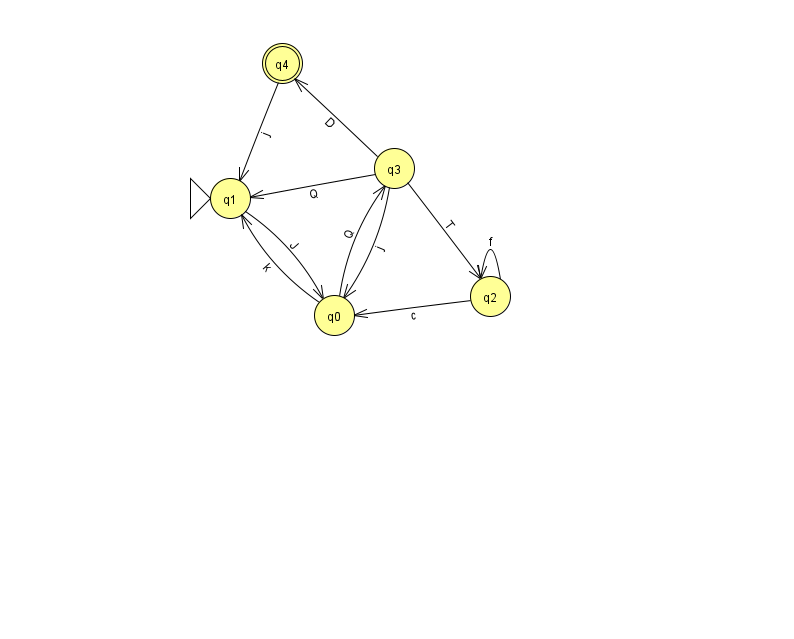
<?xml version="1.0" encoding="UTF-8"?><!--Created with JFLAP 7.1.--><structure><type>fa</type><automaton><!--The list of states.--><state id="0" name="q0"><x>334.0</x><y>302.0</y></state><state id="1" name="q1"><x>230.0</x><y>185.0</y><initial/></state><state id="2" name="q2"><x>490.0</x><y>283.0</y></state><state id="3" name="q3"><x>394.0</x><y>155.0</y></state><state id="4" name="q4"><x>282.0</x><y>50.0</y><final/></state><!--The list of transitions.--><transition><from>3</from><to>2</to><read>T</read></transition><transition><from>3</from><to>4</to><read>D</read></transition><transition><from>2</from><to>0</to><read>c</read></transition><transition><from>0</from><to>3</to><read>Q</read></transition><transition><from>3</from><to>1</to><read>Q</read></transition><transition><from>2</from><to>2</to><read>f</read></transition><transition><from>1</from><to>0</to><read>J</read></transition><transition><from>4</from><to>1</to><read>j</read></transition><transition><from>0</from><to>1</to><read>k</read></transition><transition><from>3</from><to>0</to><read>j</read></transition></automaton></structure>